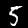
Digit: 5